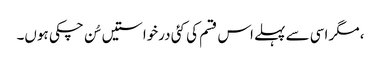
، مگر اسی سے پہلے اس قسم کی کئی درخواستیں سُن چکی ہوں۔